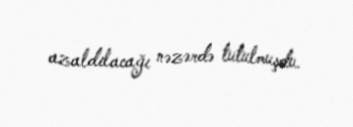
azaldılacağı nəzərdə tutulmuşdu.